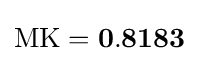
\mathrm {MK} =\mathbf {0.8183}